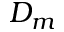
D _ { m }